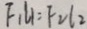
F _ { 1 } L _ { 1 } = F _ { 2 } l _ { 2 }